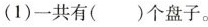
(1)一共有( )个盘子。